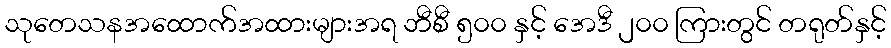
သုတေသနအထောက်အထားများအရ ဘီစီ ၅၀၀ နှင့် အေဒီ ၂၀၀ ကြားတွင် တရုတ်နှင့်